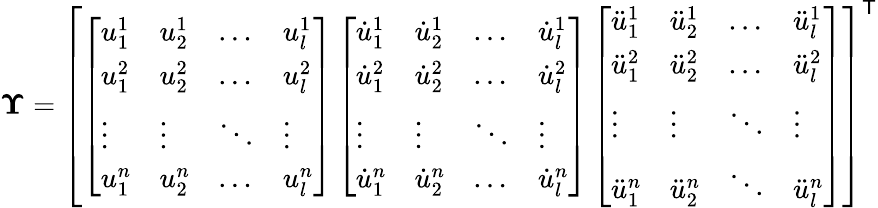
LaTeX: \boldsymbol{\Upsilon}=\left[\begin{array}{l}{\left[\begin{array}{llll}{u_{1}^{1}}&{u_{2}^{1}}&{\dots}&{u_{l}^{1}}\\ {u_{1}^{2}}&{u_{2}^{2}}&{\dots}&{u_{l}^{2}}\\ {\vdots}&{\vdots}&{\ddots}&{\vdots}\\ {u_{1}^{n}}&{u_{2}^{n}}&{\dots}&{u_{l}^{n}}\end{array}\right]\left[\begin{array}{llll}{\dot{u}_{1}^{1}}&{\dot{u}_{2}^{1}}&{\dots}&{\dot{u}_{l}^{1}}\\ {\dot{u}_{1}^{2}}&{\dot{u}_{2}^{2}}&{\dots}&{\dot{u}_{l}^{2}}\\ {\vdots}&{\vdots}&{\ddots}&{\vdots}\\ {\dot{u}_{1}^{n}}&{\dot{u}_{2}^{n}}&{\dots}&{\dot{u}_{l}^{n}}\end{array}\right]\left[\begin{array}{llll}{\ddot{u}_{1}^{1}}&{\ddot{u}_{2}^{1}}&{\dots}&{\ddot{u}_{l}^{1}}\\ {\ddot{u}_{1}^{2}}&{\ddot{u}_{2}^{2}}&{\dots}&{\ddot{u}_{l}^{2}}\\ {\vdots}&{\vdots}&{\ddots}&{\vdots}\\ {\ddot{u}_{1}^{n}}&{\ddot{u}_{2}^{n}}&{\ddots}&{\ddot{u}_{l}^{n}}\end{array}\right]}\end{array}\right]^{\mathsf{T}}